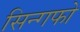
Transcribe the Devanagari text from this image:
सिन्गफो